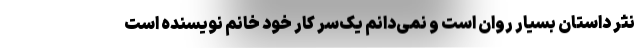
نثر داستان بسیار روان است و نمی‌دانم یک‌سر کار خود خانم نویسنده است